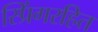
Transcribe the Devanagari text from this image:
स्प्रिंगरहित